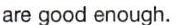
are good enough.